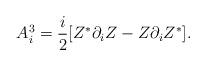
LaTeX: \begin{align*}A^3_i=\frac{i}{2}[Z^*\partial_iZ-Z\partial_iZ^*].\end{align*}